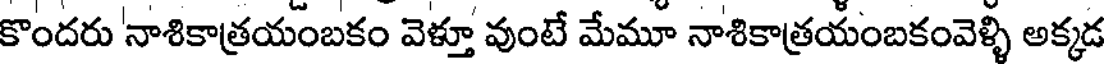
కొందరు 'నాశికాత్రయంబకం వెళ్తూ వుంటే మేమూ నాశికాత్రయంబకంవెళ్ళి అక్కడ